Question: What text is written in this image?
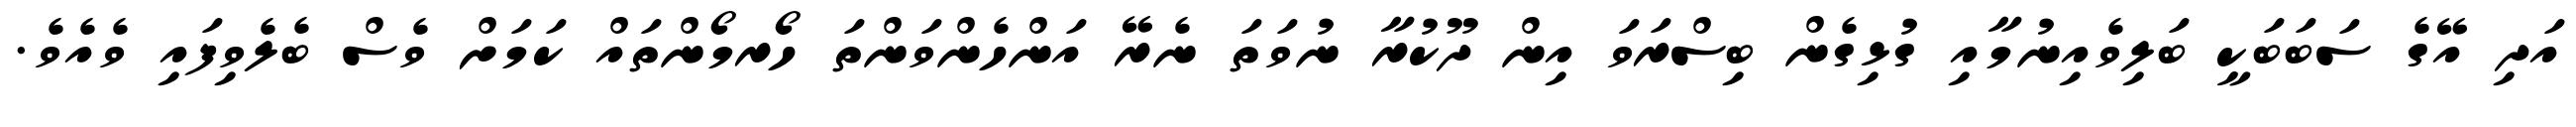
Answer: އަދި އޭގެ ސަބަބަކީ ބަލިވެއިނުމާއި ގުޅިގެން ބިސްރަވަ އިން ދޫކުރާ ނުވަތަ ނެރޭ އަންހެންވަންތަ ހޯރމޯންތައް ކަމަށް ވެސް ބެލެވިފައި ވެއެވެ.